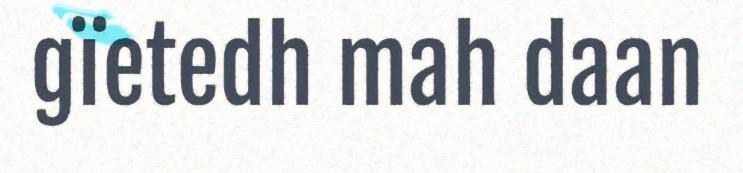
gïetedh mah daan